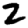
Digit: 2